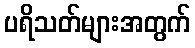
ပရိသတ်များအတွက်